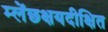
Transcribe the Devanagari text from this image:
म्लेंछक्षयदीक्षित